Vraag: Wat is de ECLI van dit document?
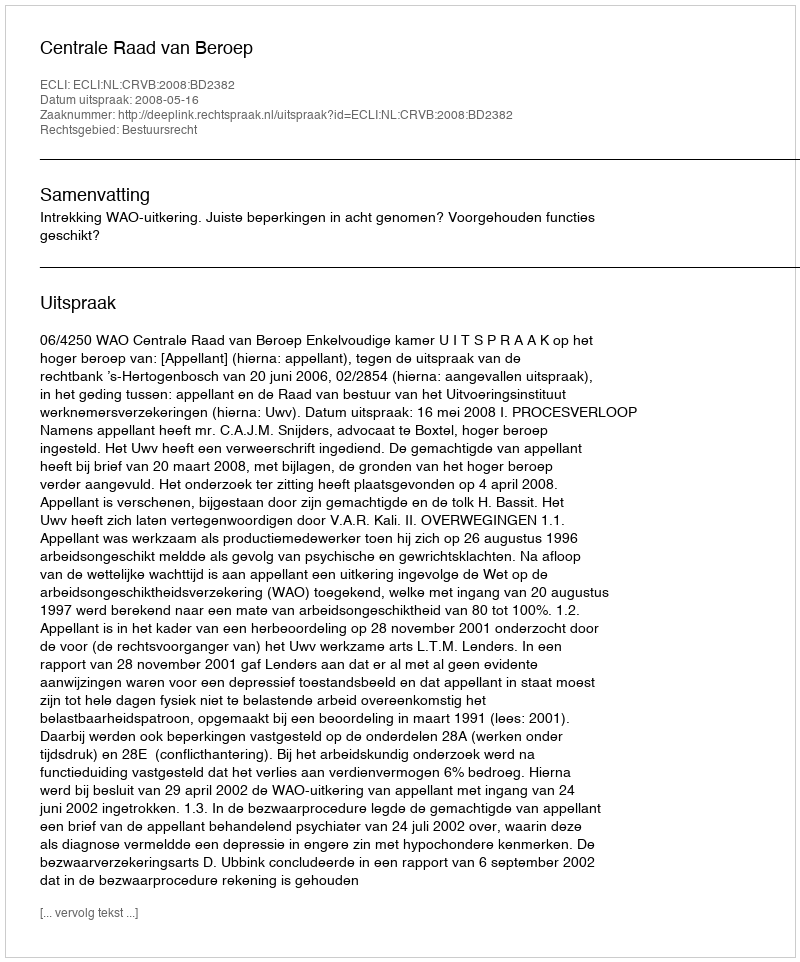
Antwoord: ECLI:NL:CRVB:2008:BD2382